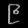
Digit: ၉